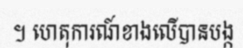
។ ហេតុការណ៍ខាងលើបានបង្ក